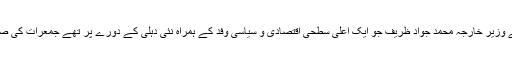
قابل ذکر ہے کہ ایران کے وزیر خارجہ محمد جواد ظریف جو ایک اعلی سطحی اقتصادی و سیاسی وفد کے ہمراہ نئی دہلی کے دورے پر تھے جمعرات کی صبح واپس پہران پہنچ گئے۔